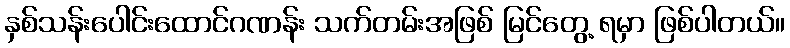
နှစ်သန်းပေါင်းထောင်ဂဏန်း သက်တမ်းအဖြစ် မြင်တွေ့ ရမှာ ဖြစ်ပါတယ်။